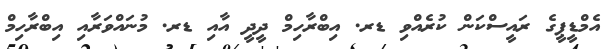
އެމްޑީޕީގެ ރައީސްކަން ކުރެއްވި ޑރ. އިބްރާހިމް ދީދީ އާއި ޑރ. މުނައްވަރާއި އިބްރާހިމް